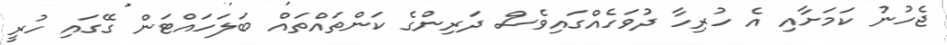
ޖެހުނު ކަމަށާއި އެ ހުރިހާ ދުވަހެއްގައިވެސް ދަރިންގެ ކަންތައްތައް ބަލަހައްޓަން ގޭގައި ހުރީ